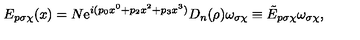
E _ { p \sigma \chi } ( x ) = N \mathrm { e } ^ { i ( p _ { 0 } x ^ { 0 } + p _ { 2 } x ^ { 2 } + p _ { 3 } x ^ { 3 } ) } D _ { n } ( \rho ) \omega _ { \sigma \chi } \equiv \tilde { E } _ { p \sigma \chi } \omega _ { \sigma \chi } ,